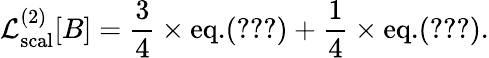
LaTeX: {\cal L}_{\mathrm{scal}}^{(2)}[B]={\frac{3}{4}}\times\mathrm{eq.}(\ref{Gamma2scal})+{\frac{1}{4}}\times\mathrm{eq.}(\ref{Gamma2scalpI}).